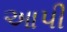
આપી